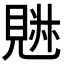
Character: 𧡉